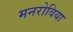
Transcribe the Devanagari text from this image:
मनरोविया